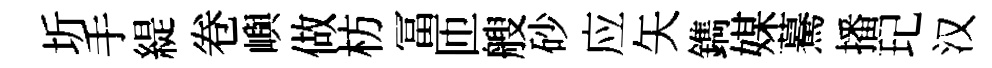
圻手緹卷嶼做枋冨匝艘砂应矢鐫媒驀播玘汉